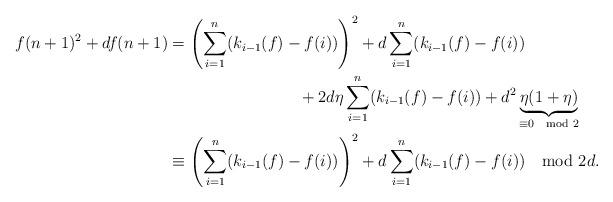
LaTeX: \begin{align*} f(n+1)^2+df(n+1) &= \left(\sum_{i=1}^n(k_{i-1}(f)-f(i))\right)^2 + d\sum_{i=1}^{n}(k_{i-1}(f)-f(i)) \\ & \qquad\qquad\qquad\qquad+ 2d\eta\sum_{i=1}^{n}(k_{i-1}(f)-f(i)) + d^2\underbrace{\eta(1+\eta)}_{\equiv 0 \mod 2} \\ & \equiv \left(\sum_{i=1}^n(k_{i-1}(f)-f(i))\right)^2 + d\sum_{i=1}^{n}(k_{i-1}(f)-f(i)) \mod 2d. \end{align*}